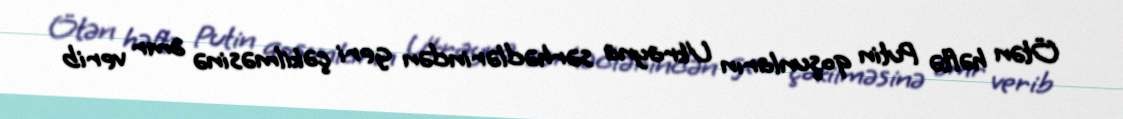
Ötən həftə Putin qoşunların Ukrayna sərhədlərindən geri çəkilməsinə əmr verib